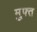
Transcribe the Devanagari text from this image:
म़ुफ्त